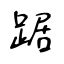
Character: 踞